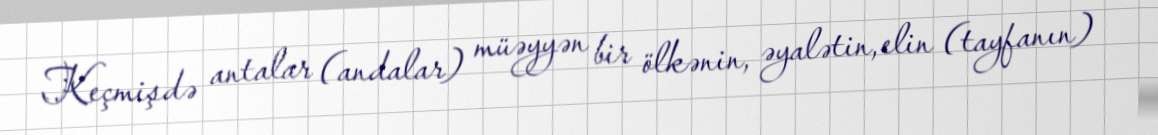
Keçmişdə antalar (andalar) müəyyən bir ölkənin, əyalətin, elin (tayfanın)